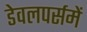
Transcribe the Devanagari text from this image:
डेवलपर्समें